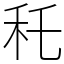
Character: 秅